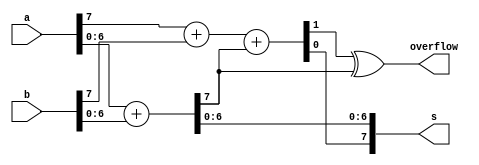
module top_module (
    input [7:0] a,
    input [7:0] b,
    output [7:0] s,
    output overflow
);

 	wire cout6, cout;
    assign {cout6, s[6:0]} = a[6:0] + b[6:0];
    assign {cout, s[7]} = a[7] + b[7] + cout6;
    assign overflow = cout ^ cout6;

endmodule